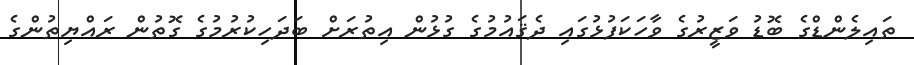
ތައިލެންޑްގެ ބޮޑު ވަޒީރުގެ ވާހަކަފުޅުގައި ދެޤައުމުގެ ގުޅުން އިތުރަށް ބަދަހިކުރުމުގެ ގޮތުން ރައްޔިތުންގެ